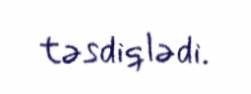
təsdiqlədi.